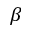
\beta